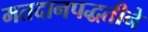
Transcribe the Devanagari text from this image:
मतदानपद्धतीने